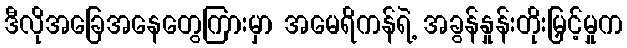
ဒီလိုအခြေအနေတွေကြားမှာ အမေရိကန်ရဲ့ အခွန်နှုန်းတိုးမြှင့်မှုက